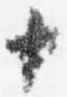
十